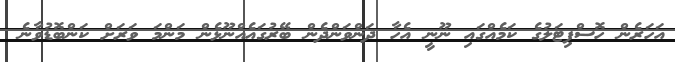
އަހަރެން ހޮސްޕިޓަލުގެ ކަމެއްގައި ނޫނީ އެހާ ދަންވަންދެން ބޭރުގައެއްނޫޅެން މަންމަ ވަރަށް ކަންބޮޑުވާނެ